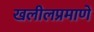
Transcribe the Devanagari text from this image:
खलीलप्रमाणे